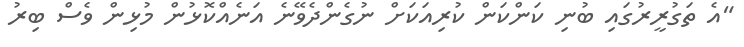
"އެ ތަގުރީރުގައި ބުނި ކަންކަން ކުރިއަކަށް ނުގެންދެވޭނެ އަނެއްކޮޅުން މުޅިން ވެސް ބިރު